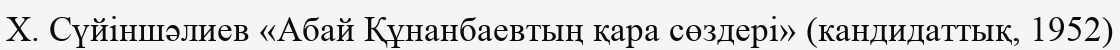
X. Сүйіншәлиев «Абай Құнанбаевтың қара сөздері» (кандидаттық, 1952)